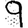
Digit: 9